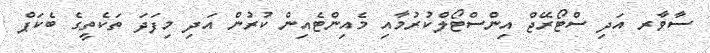
ސާވާރ އަދި ސްޓޯރޭޖް އިންސްޓޯލްކުރުމާއި މެއިންޓެއިން ކުރުން އަދި މިފަދަ ތަކެތީގެ ބެކަޕް